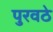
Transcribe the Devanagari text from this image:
पुरवठे